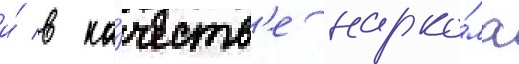
и́ в ка́честв'е нарко́ма